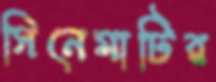
সিনেমাটির